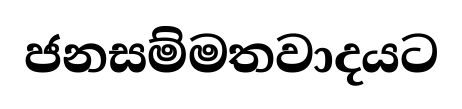
ජනසම්මතවාදයට